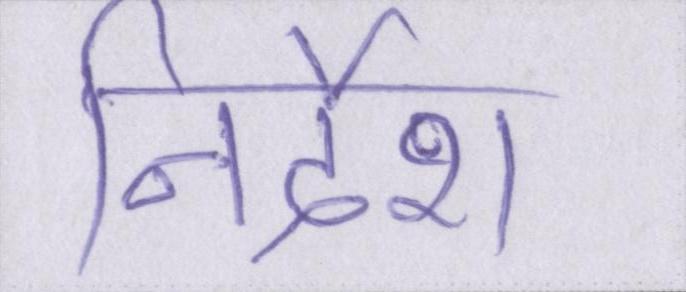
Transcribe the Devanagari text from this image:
निर्देश